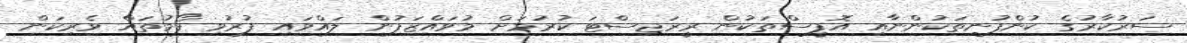
ސަރުކާރުގެ ކުންފުނިތަކުންނާއި އޮފީސްތަކުން ރީރަޖިސްޓަ ކުރުމަށް މުވައްޒަފުން ލައްވައި ފުރުވި ފޯމުތައް ވެރިކަން